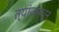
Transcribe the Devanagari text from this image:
त्यांजमधून